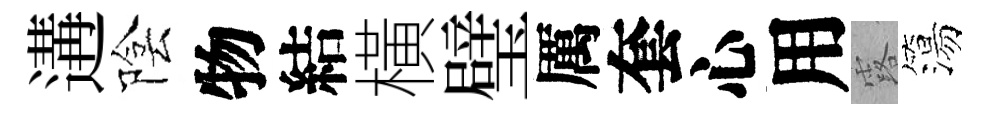
遘陰物結橫璧厲套心用露簜